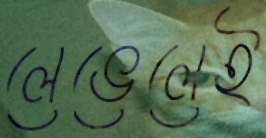
লেভেলেই